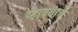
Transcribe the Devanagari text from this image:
व्हावयाचें